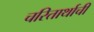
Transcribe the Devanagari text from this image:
चरितार्थाची